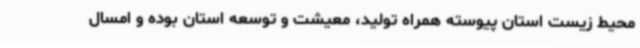
محیط زیست استان پیوسته همراه تولید، معیشت و توسعه استان بوده و امسال